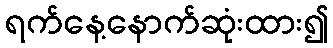
ရက်နေ့နောက်ဆုံးထား၍